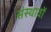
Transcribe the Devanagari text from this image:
संस्थावों